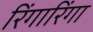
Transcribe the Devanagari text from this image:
रिंगारिंगा